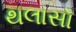
થલાસૉ